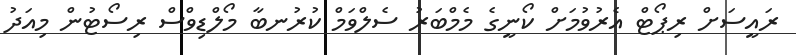
ރައީސަށް ރިޕޯޓް އެރުވުމަށް ކޯނީގެ މެމްބަރު ސެލްވަމް ކުރުނބާ މޯލްޑިވްސް ރިސޯޓުން މިއަދު